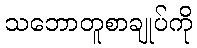
သဘောတူစာချုပ်ကို